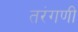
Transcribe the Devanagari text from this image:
तरंगणी